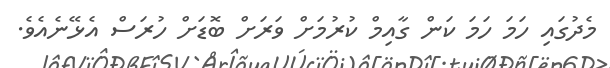
މެދުގައި ހަމަ ހަމަ ކަން ގާއިމް ކުރުމަށް ވަރަށް ބޮޑަށް ހުރަސް އެޅޭނެއެވެ.